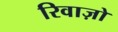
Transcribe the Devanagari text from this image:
रिवाज़ो